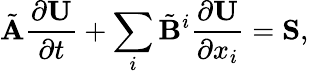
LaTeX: \tilde{\mathbf{A}}\frac{\partial\mathbf{U}}{\partial t}+\sum_{i}\tilde{\mathbf{B}}^{i}\frac{\partial\mathbf{U}}{\partial x_{i}}=\mathbf{S},